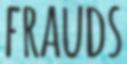
FRAUDS